Civil Veterinary Department. Madras. Admin. report 1926-33 - 1926-1933
Year: 1926
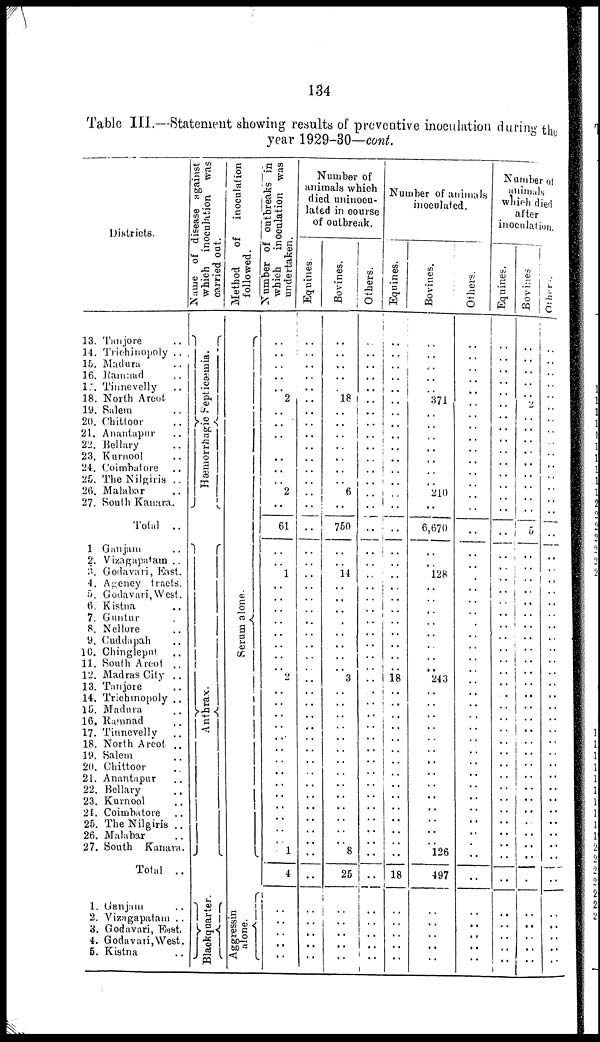
134
Table III.—Statement showing results of preventive inoculation during the
year
1929-30—cont.
Districts.
13. Tanjore ..
14. Trichinopoly
..
15. Madura
16. Ramnad ..
17. Tinnevelly ..
18. North Arcot
19. Salem
20. Chittoor ..
21. Anantapur ..
22. Bellary
23. Kurnool ..
24. Coimbatore ..
25. The Nilgiris ..
26. Malabar ..
27. South Kanara.
Total ..
1 Ganjam ..
2. Vizagapatam ..
3. Godavari, East.
4. Agency tracts.
5. Godavari,West.
6. Kistna ..
7. Guntur ..
8. Nellore ..
9. Cuddapah
10. Chingleput ..
11. South Arcot ..
12. Madras City ..
13. Tanjore ..
14. Trichinopoly ..
15. Madura
16. Ramnad ..
17. Tinnevelly ..
18. North Arcot ..
19. Salem
20. Chittoor ..
21. Anantapur ..
22. Bellary
23. Kurnool ..
21. Coimbatore ..
25. The Nilgiris ..
26. Malabar
27. South Kanara.
Total ..
1. Ganjam ..
2. Vizagapatam ..
3. Godavari, East,
4. Godavari,West.
5. Kistna ..
Name
of disease against
which inoculation was
carried out.
Hæmo r
r
h a g ic Se pt i
c æmi a .
Anthrax.
Bl ackquar t
er .
Method.
of
inoculation
followed.
Se r
um alone.
Aggressin
alone.
Number of outbreaks in
which
inoculation was
undertaken.
..
..
..
..
..
2
..
..
..
..
..
..
..
2
..
61
..
..
1
..
..
..
..
..
..
..
..
2
..
..
..
..
..
..
..
..
..
..
..
..
..
..
1
4
..
..
..
..
..
..
Number of
animals which
died uninocu-
lated in course
of outbreak.
Equnes.
..
..
..
..
..
..
..
..
..
..
..
..
..
..
..
..
..
..
..
..
..
..
..
..
..
..
..
..
..
..
..
..
..
..
..
..
..
..
..
..
..
..
..
..
..
..
..
..
..
..
Bovines.
..
..
..
..
..
18
..
..
..
..
..
..
..
6
..
750
..
..
14
..
..
..
..
..
..
..
..
3
..
..
..
..
..
..
..
..
..
..
..
..
..
..
8
25
..
..
..
..
..
..
Others.
..
..
..
..
..
..
..
..
..
..
..
..
..
..
..
..
..
..
..
..
..
..
..
..
..
..
..
..
..
..
..
..
..
..
..
..
..
..
..
..
..
..
..
..
..
..
..
..
..
..
Number of animals
inoculated.
Equines.
..
..
..
..
..
..
..
..
..
..
..
..
..
..
..
..
..
..
..
..
..
..
..
..
..
..
..
18
..
..
..
..
..
..
..
..
..
..
..
..
..
..
..
18
..
..
..
..
..
..
Bovines.
..
..
..
..
..
371
..
..
..
..
..
..
..
210
..
6,670
..
..
128
..
..
..
..
..
..
..
..
243
..
..
..
..
..
..
..
..
..
..
..
..
..
..
126
497
..
..
..
..
..
..
Others.
..
..
..
..
..
..
..
..
..
..
..
..
..
..
..
..
..
..
..
..
..
..
..
..
..
..
..
..
..
..
..
..
..
..
..
..
..
..
..
..
..
..
..
..
..
..
..
..
..
..
Number of
animals
which died
after
inoculation.
Equines.
..
..
..
..
..
..
..
..
..
..
..
..
..
..
..
..
..
..
..
..
..
..
..
..
..
..
..
..
....
..
..
..
..
..
..
..
..
..
..
..
..
..
..
..
..
..
..
..
..
Bovines
..
..
..
..
..
..
2
..
..
..
..
..
..
..
..
5
..
..
..
..
..
..
..
..
..
..
..
..
..
..
..
..
..
..
..
..
..
..
..
..
..
..
..
..
..
..
..
..
Others.
..
..
..
..
..
..
..
..
..
..
..
..
..
..
..
..
..
..
..
..
..
..
..
..
..
..
..
..
..
..
..
..
..
..
..
..
..
..
..
..
..
..
..
..
..
..
..
..
..
..